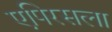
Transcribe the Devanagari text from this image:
एपिरसला